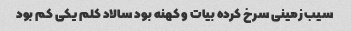
سیب زمینی سرخ کرده بیات و کهنه بود سالاد کلم یکی کم بود